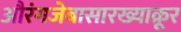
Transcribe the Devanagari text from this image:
औरंगजेबासारख्याक्रूर